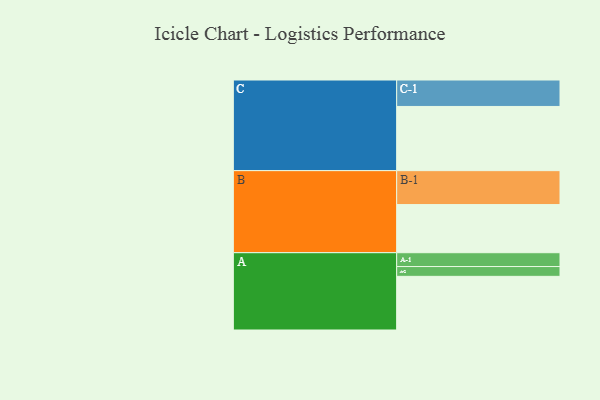
{"axis": {"x": "Segment", "y": "Value"}, "legend": ["", "A", "B", "C"], "data": [{"x": "A", "y": 438, "type": ""}, {"x": "B", "y": 393, "type": ""}, {"x": "C", "y": 524, "type": ""}, {"x": "A-1", "y": 113, "type": "A"}, {"x": "A-2", "y": 80, "type": "A"}, {"x": "B-1", "y": 277, "type": "B"}, {"x": "C-1", "y": 216, "type": "C"}]}